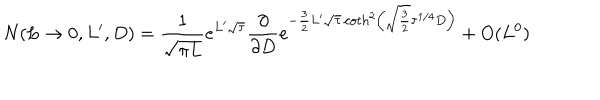
LaTeX: N ( L \to 0 , L ^ { \prime } , D ) = { \frac { 1 } { \sqrt { \pi L } } } e ^ { L ^ { \prime } \sqrt \tau } { \frac { \partial } { \partial D } } e ^ { - { \frac { 3 } { 2 } } L ^ { \prime } \sqrt \tau \coth ^ { 2 } \left( \sqrt { \frac { 3 } { 2 } } \tau ^ { 1 / 4 } D \right) } + O ( L ^ { 0 } )